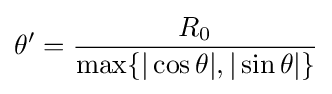
\theta '={\frac {R_{0}}{\max\{|\cos \theta |,|\sin \theta |\}}}